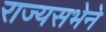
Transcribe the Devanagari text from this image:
राज्यसभेने